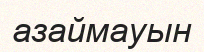
азаймауын